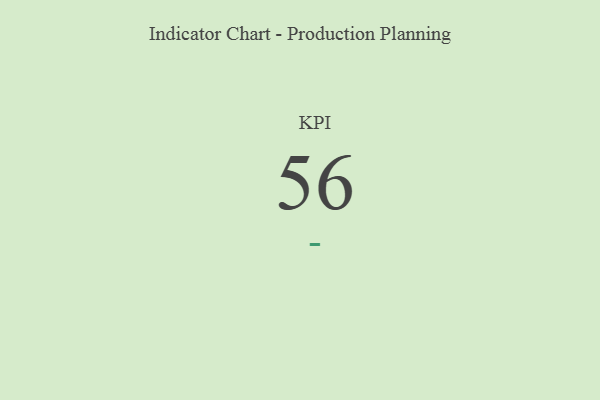
{"axis": {"x": "KPI", "y": "Value"}, "legend": [""], "data": [{"x": "KPI", "y": 56, "type": ""}]}